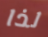
لذا